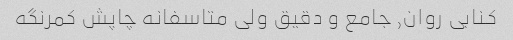
کنابی روان, جامع و دقیق ولی متاسفانه چاپش کمرنگه